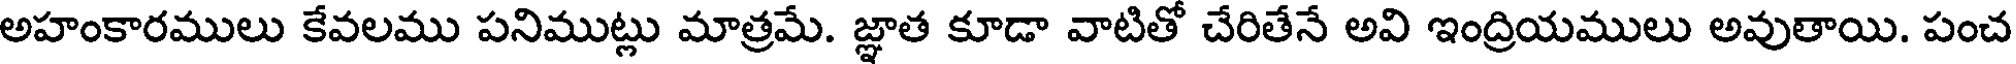
అహంకారములు కేవలము పనిముట్లు మాత్రమే. జ్ఞాత కూడా వాటితో చేరితేనే అవి ఇంద్రియములు అవుతాయి. పంచ